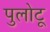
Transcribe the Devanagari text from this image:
पुलोटू